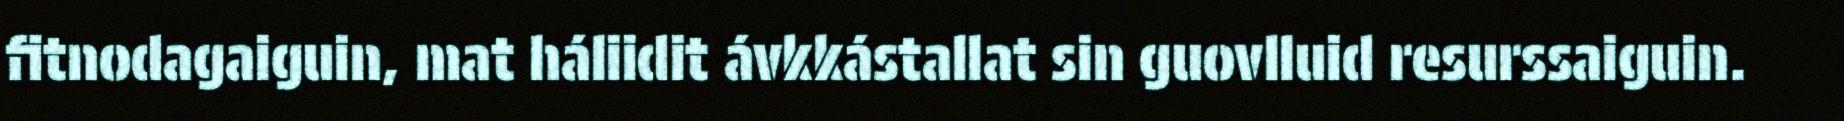
fitnodagaiguin, mat háliidit ávkkástallat sin guovlluid resurssaiguin.